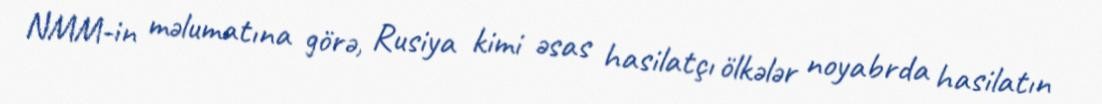
NMM-in məlumatına görə, Rusiya kimi əsas hasilatçı ölkələr noyabrda hasilatın